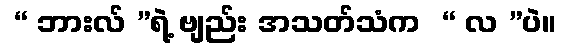
 “ ဘားလ် ”ရဲ့ ဗျည်း အသတ်သံက  “ လ ”ပဲ။